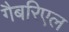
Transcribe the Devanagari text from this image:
गैबरिएल